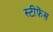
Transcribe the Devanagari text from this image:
स्टीफ़ेंस